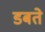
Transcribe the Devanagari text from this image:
डबते